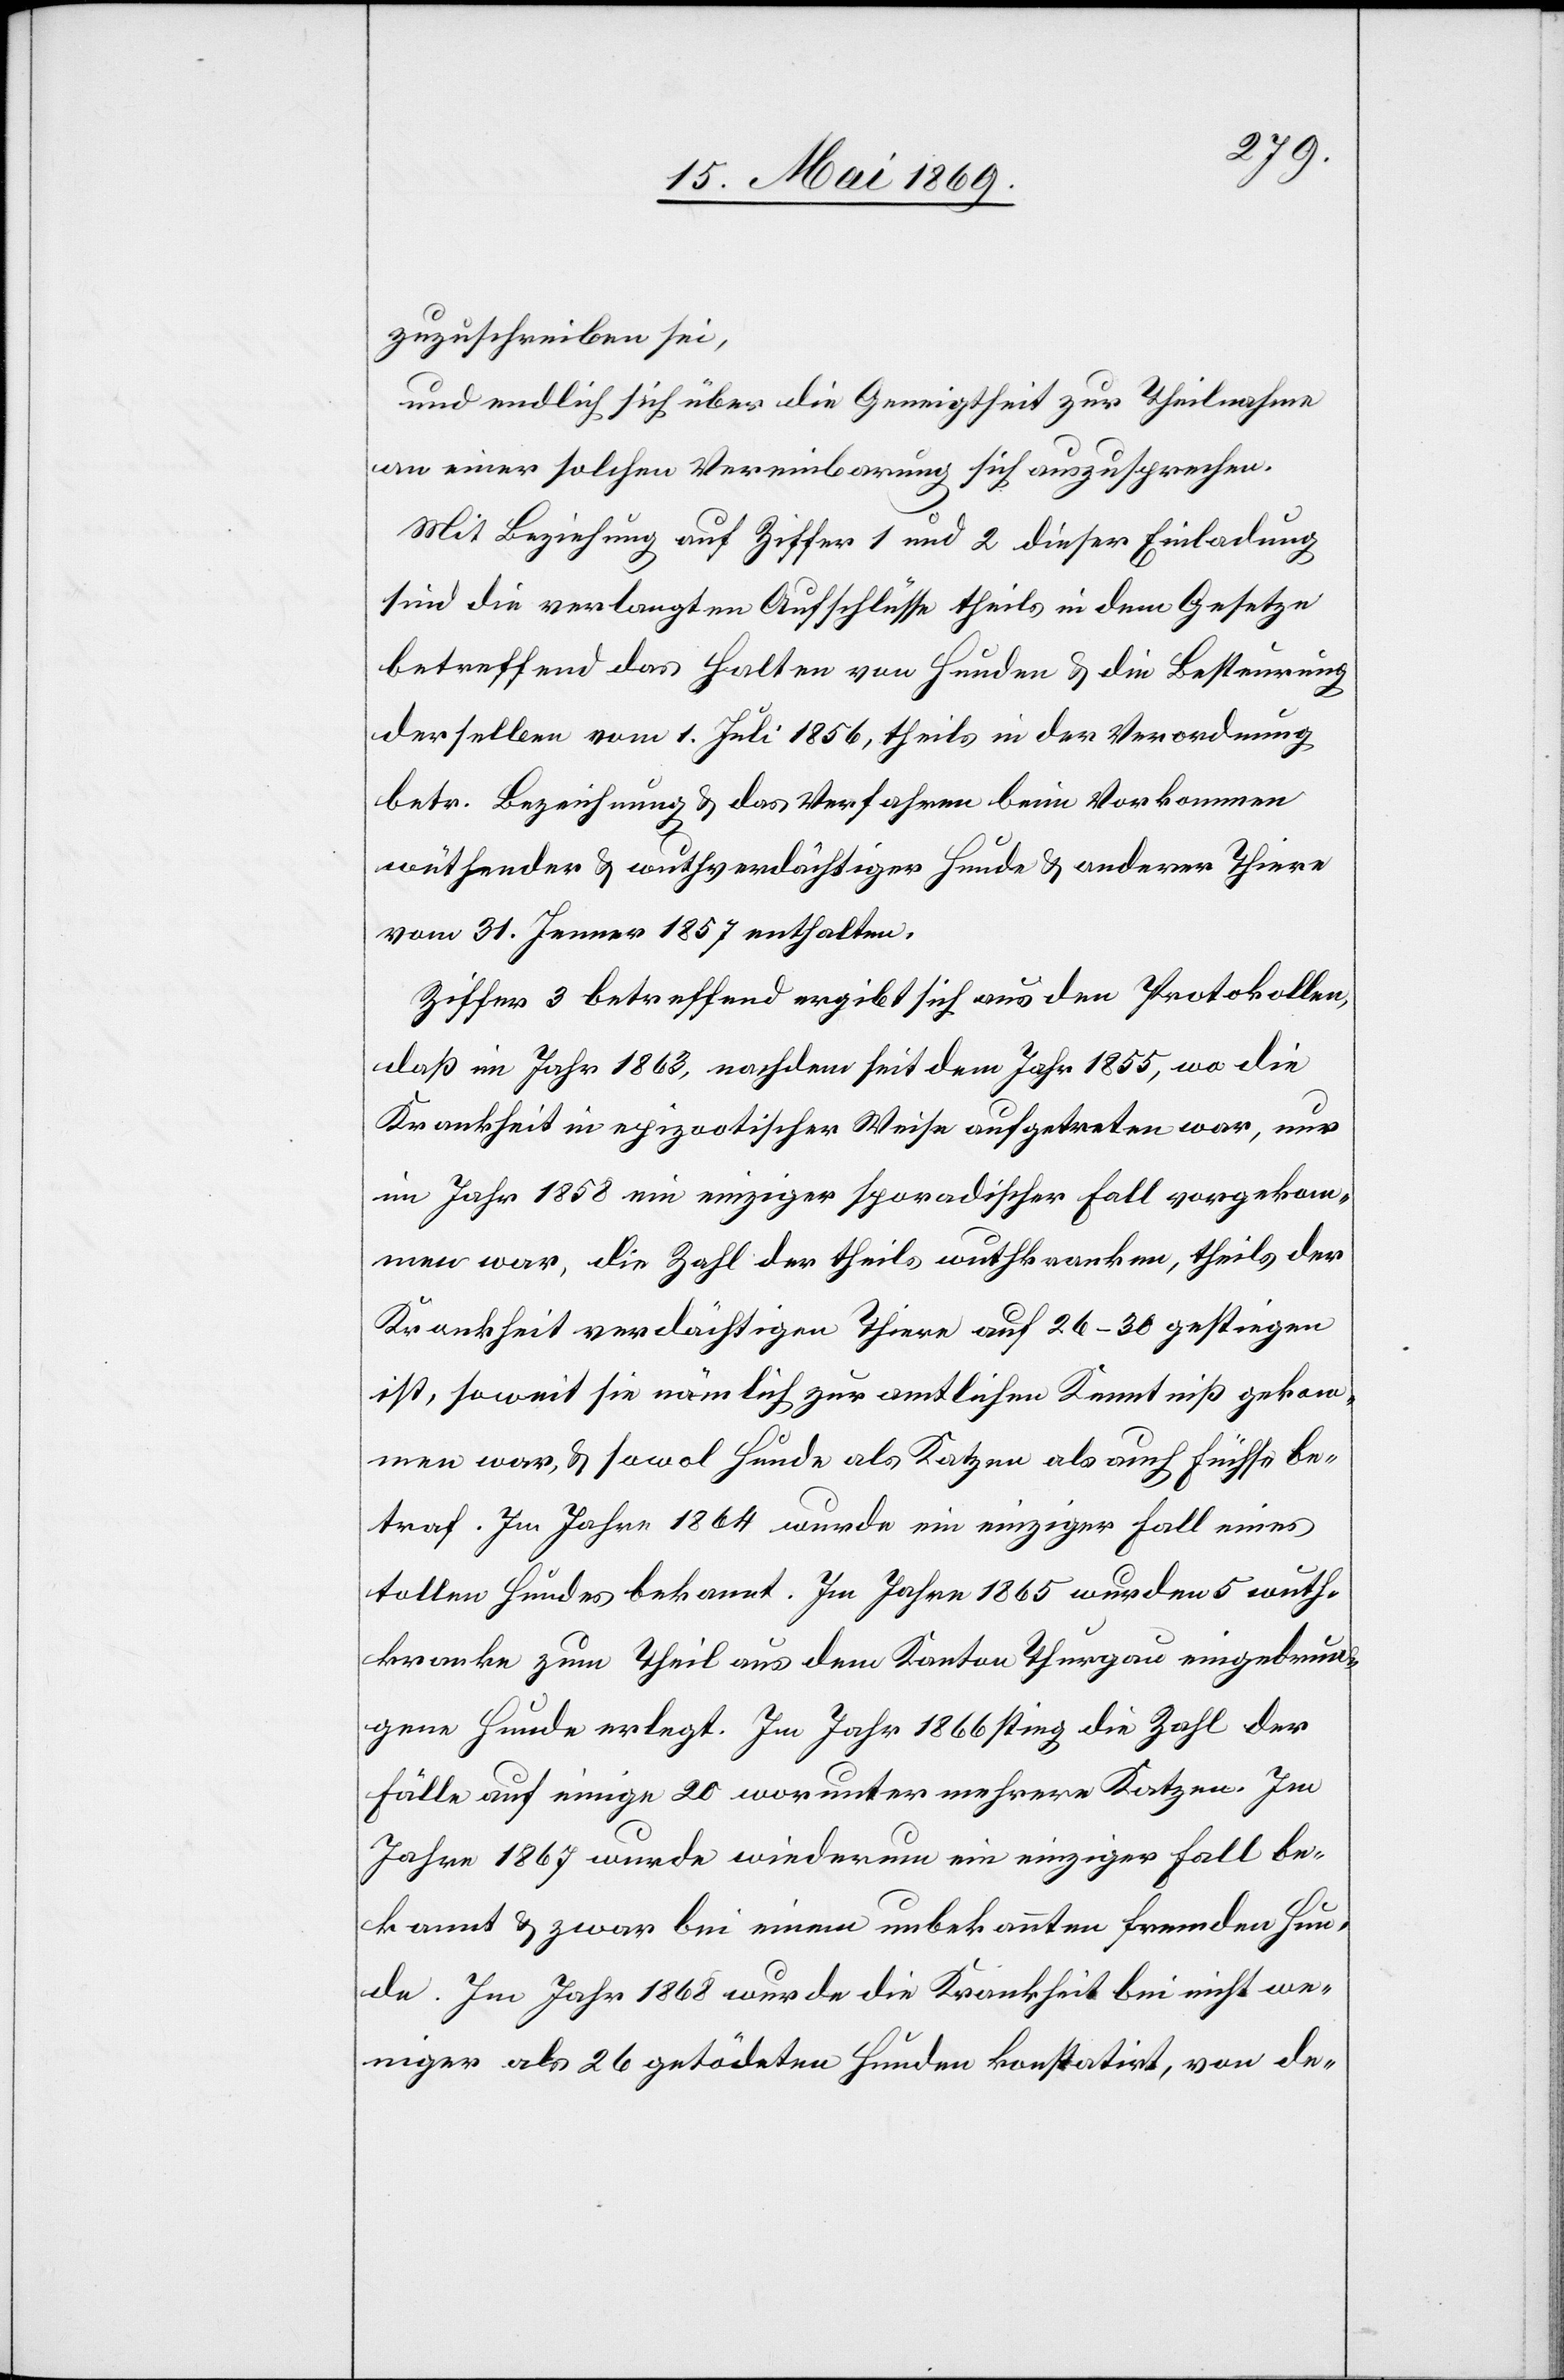
zuzuschreiben sei,
und endlich sich über die Geneigtheit zur Theilnahme
an einer solchen Vereinbarung sich auszusprechen.
Mit Beziehung auf Ziffer 1 und 2 dieser Einladung
sind die verlangten Aufschlüsse theils in dem Gesetze
betreffend das Halten von Hunden u. die Besteuerung
derselben vom 1. Juli 1856, theils in der Verordnung
betr. Bezeichnung u. das Verfahren beim Vorkommen
wüthender u. wuthverdächtiger Hunde u. anderer Thiere
vom 31. Jenner 1857 enthalten.
Ziffer 3 betreffend ergibt sich aus den Protokollen,
daß im Jahr 1863, nachdem seit dem Jahr 1855, wo die
Krankheit in epizotischer Weise aufgetreten war, nur
im Jahr 1858 ein einziger sporadischer Fall vorgekom¬
men war, die Zahl der theils wuthkranken, theils der
Krankheit verdächtiger Thiere auf 26–30 gestiegen
ist, soweit sie nämlich zur amtlichen Kenntniß gekom¬
men war, u. sowol Hunde als Katzen als auch Füchse be¬
traf. Im Jahre 1864 wurde ein einziger Falle eines
tollen Hundes bekannt. Im Jahre 1865 wurden 5 wuth¬
kranke zum Theil aus dem Kanton Thurgau eingedrun¬
gene Hunde erlegt. Im Jahr 1866 stieg die Zahl der
Fälle auf einige 20 worunter mehrere Katzen. Im
Jahre 1867 wurde wiederum ein einziger Fall be¬
kannt u. zwar bei einem unbekannten fremden Hun¬
de. Im Jahr 1868 wurde die Krankheit bei nicht we¬
niger als 26 getödeten Hunden konstatirt, von de-